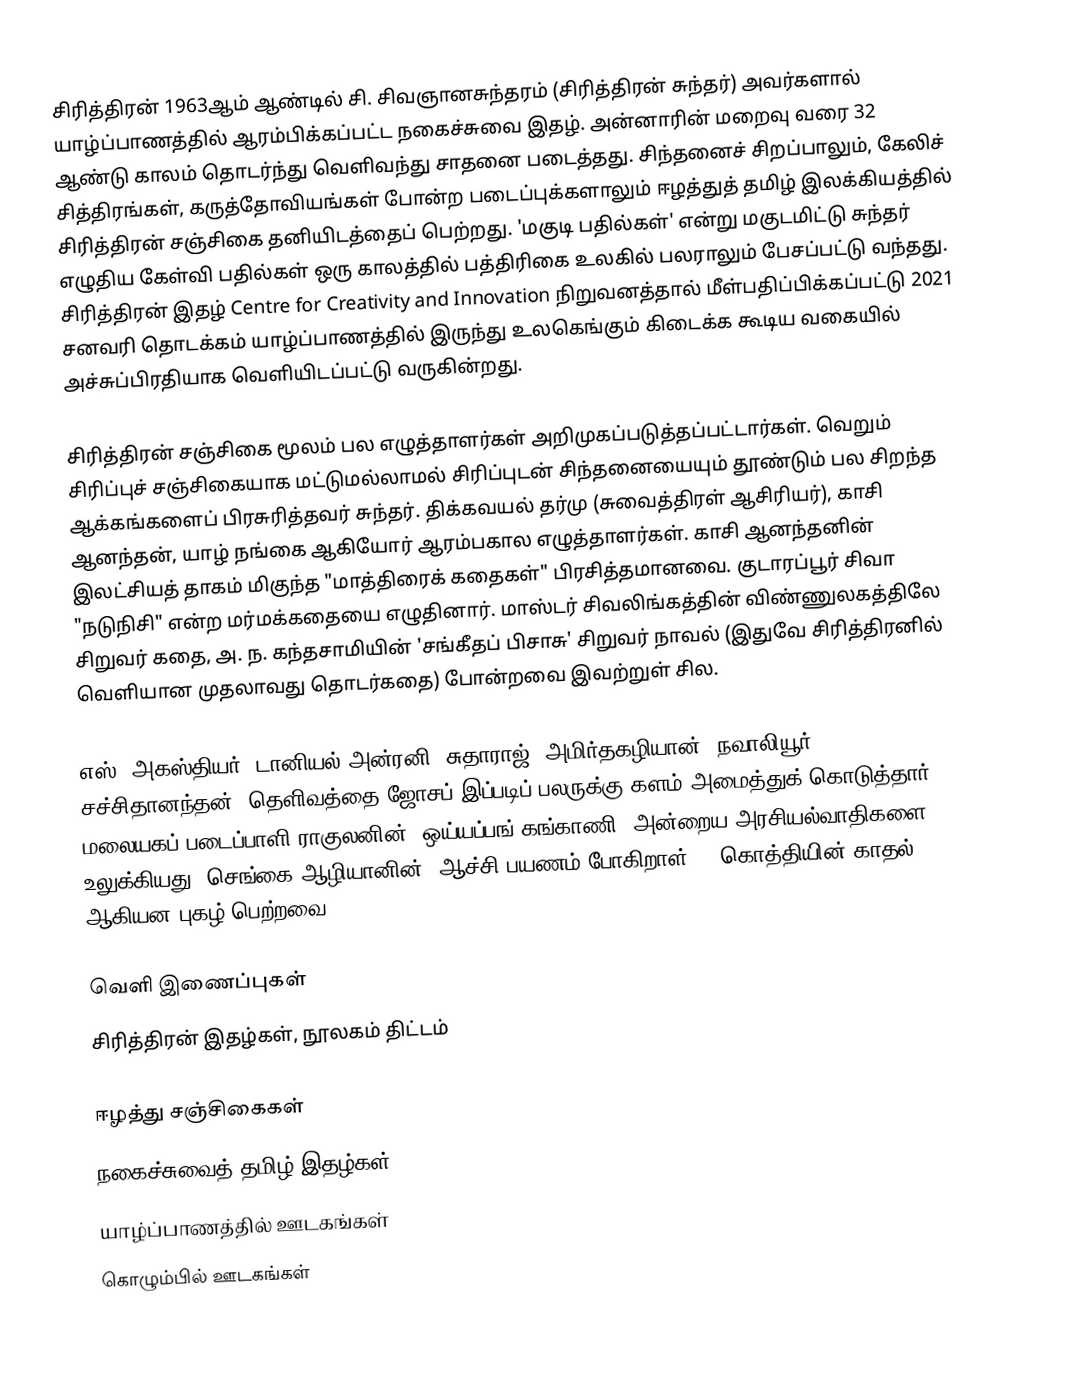
சிரித்திரன் 1963ஆம் ஆண்டில் சி. சிவஞானசுந்தரம் (சிரித்திரன் சுந்தர்) அவர்களால் யாழ்ப்பாணத்தில் ஆரம்பிக்கப்பட்ட நகைச்சுவை இதழ். அன்னாரின் மறைவு வரை 32 ஆண்டு காலம் தொடர்ந்து வெளிவந்து சாதனை படைத்தது. சிந்தனைச் சிறப்பாலும், கேலிச் சித்திரங்கள், கருத்தோவியங்கள் போன்ற படைப்புக்களாலும் ஈழத்துத் தமிழ் இலக்கியத்தில் சிரித்திரன் சஞ்சிகை தனியிடத்தைப் பெற்றது. 'மகுடி பதில்கள்' என்று மகுடமிட்டு சுந்தர் எழுதிய கேள்வி பதில்கள் ஒரு காலத்தில் பத்திரிகை உலகில் பலராலும் பேசப்பட்டு வந்தது. சிரித்திரன் இதழ் Centre for Creativity and Innovation நிறுவனத்தால் மீள்பதிப்பிக்கப்பட்டு 2021 சனவரி தொடக்கம் யாழ்ப்பாணத்தில் இருந்து உலகெங்கும் கிடைக்க கூடிய வகையில் அச்சுப்பிரதியாக  வெளியிடப்பட்டு வருகின்றது.

சிரித்திரன் சஞ்சிகை மூலம் பல எழுத்தாளர்கள் அறிமுகப்படுத்தப்பட்டார்கள். வெறும் சிரிப்புச் சஞ்சிகையாக மட்டுமல்லாமல் சிரிப்புடன் சிந்தனையையும் தூண்டும் பல சிறந்த ஆக்கங்களைப் பிரசுரித்தவர் சுந்தர். திக்கவயல் தர்மு (சுவைத்திரள் ஆசிரியர்), காசி ஆனந்தன், யாழ் நங்கை ஆகியோர் ஆரம்பகால எழுத்தாளர்கள். காசி ஆனந்தனின் இலட்சியத் தாகம் மிகுந்த "மாத்திரைக் கதைகள்" பிரசித்தமானவை. குடாரப்பூர் சிவா "நடுநிசி" என்ற மர்மக்கதையை எழுதினார். மாஸ்டர் சிவலிங்கத்தின் விண்ணுலகத்திலே சிறுவர் கதை, அ. ந. கந்தசாமியின் 'சங்கீதப் பிசாசு' சிறுவர் நாவல் (இதுவே சிரித்திரனில் வெளியான முதலாவது தொடர்கதை) போன்றவை இவற்றுள் சில.

எஸ். அகஸ்தியர், டானியல் அன்ரனி, சுதாராஜ், அமிர்தகழியான், நவாலியூர் சச்சிதானந்தன், தெளிவத்தை ஜோசப் இப்படிப் பலருக்கு களம் அமைத்துக் கொடுத்தார். மலையகப் படைப்பாளி ராகுலனின் "ஒய்யப்பங் கங்காணி" அன்றைய அரசியல்வாதிகளை உலுக்கியது. செங்கை ஆழியானின் "ஆச்சி பயணம் போகிறாள்", "கொத்தியின் காதல்" ஆகியன புகழ் பெற்றவை.

வெளி இணைப்புகள்
 சிரித்திரன் இதழ்கள், நூலகம் திட்டம்

ஈழத்து சஞ்சிகைகள்
நகைச்சுவைத் தமிழ் இதழ்கள்
யாழ்ப்பாணத்தில் ஊடகங்கள்
கொழும்பில் ஊடகங்கள்